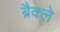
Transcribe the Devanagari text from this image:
ब्रैक्ले